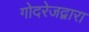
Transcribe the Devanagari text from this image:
गोदरेजद्वारा